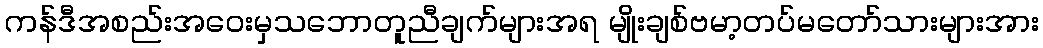
ကန်ဒီအစည်းအဝေးမှသဘောတူညီချက်များအရ မျိုးချစ်ဗမာ့တပ်မတော်သားများအား